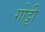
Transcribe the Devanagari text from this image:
गोट्टी